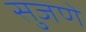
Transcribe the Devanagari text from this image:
सुजणे